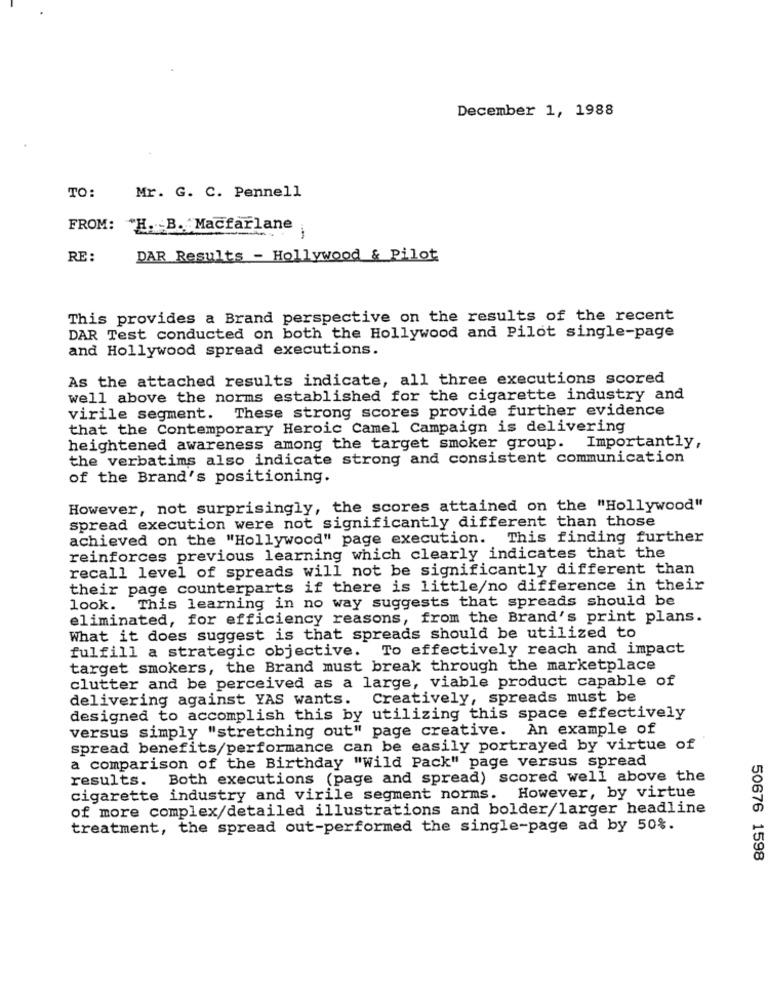
December 1, 1988
TO:
Mr. G. C. Pennell
FROM:
"H. B. Macfarlane
-
RE :
DAR Results - Hollywood & Pilot
This provides a Brand perspective on the results of the recent
DAR Test conducted on both the Hollywood and Pilot single-page
and Hollywood spread executions.
As the attached results indicate, all three executions scored
well above the norms established for the cigarette industry and
virile segment. These strong scores provide further evidence
that the Contemporary Heroic Camel Campaign is delivering
heightened awareness among the target smoker group. Importantly,
the verbatims also indicate strong and consistent communication
of the Brand's positioning.
However, not surprisingly, the scores attained on the "Hollywood"
spread execution were not significantly different than those
achieved on the "Hollywood" page execution. This finding further
reinforces previous learning which clearly indicates that the
recall level of spreads will not be significantly different than
their page counterparts if there is little/no difference in their
look. This learning in no way suggests that spreads should be
eliminated, for efficiency reasons, from the Brand's print plans.
What it does suggest is that spreads should be utilized to
fulfill a strategic objective. To effectively reach and impact
target smokers, the Brand must break through the marketplace
clutter and be perceived as a large, viable product capable of
delivering against YAS wants. Creatively, spreads must be
designed to accomplish this by utilizing this space effectively
versus simply "stretching out" page creative. An example of
spread benefits/performance can be easily portrayed by virtue of
a comparison of the Birthday "Wild Pack" page versus spread
results. Both executions (page and spread) scored well above the
cigarette industry and virile segment norms. However, by virtue
of more complex/detailed illustrations and bolder/larger headline
treatment, the spread out-performed the single-page ad by 50%.
50676 1598